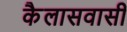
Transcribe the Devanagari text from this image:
कैलासवासी